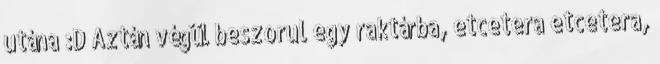
utána :D Aztán végül beszorul egy raktárba, etcetera etcetera,